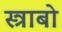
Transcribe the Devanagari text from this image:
स्त्राबो